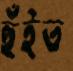
হুঁইত